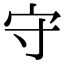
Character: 守